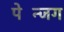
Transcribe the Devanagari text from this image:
पेन्जिंग